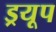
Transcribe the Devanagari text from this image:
ड्रयूप